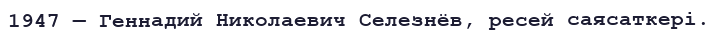
1947 — Геннадий Николаевич Селезнёв, ресей саясаткері.